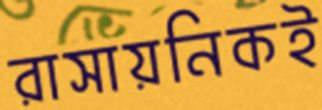
রাসায়নিকই